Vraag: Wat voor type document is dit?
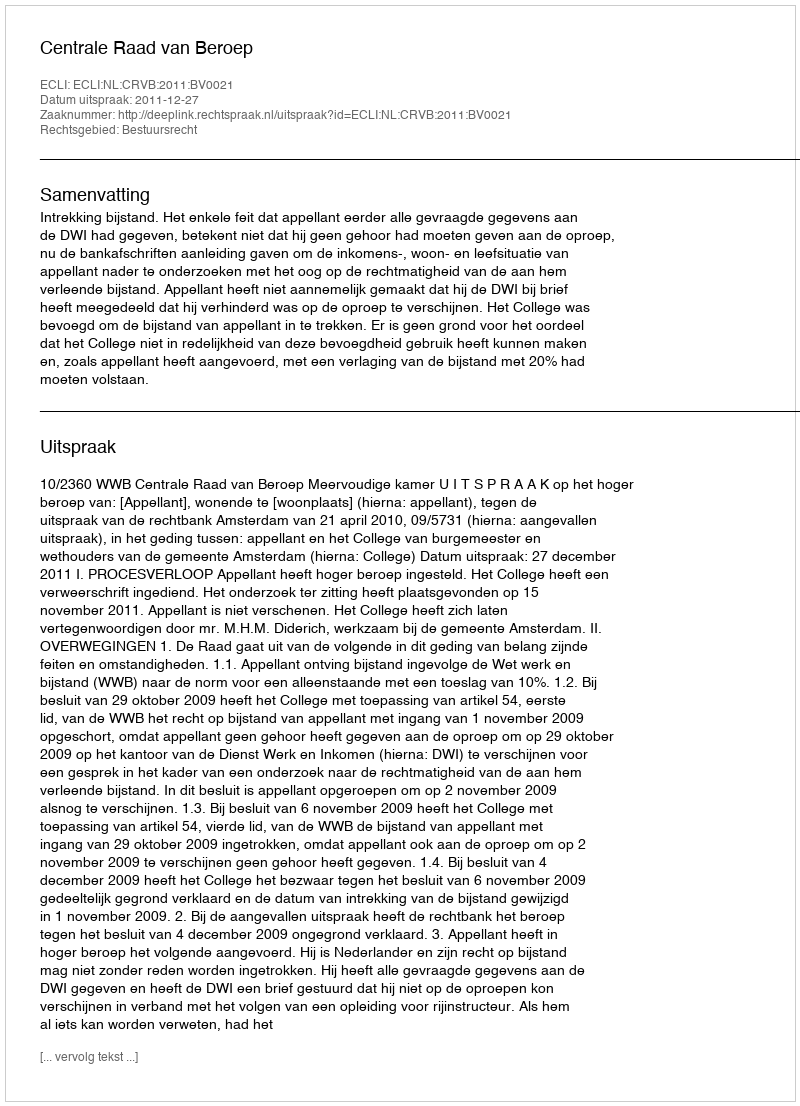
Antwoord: Uitspraak